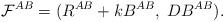
LaTeX: \begin{align*}{\cal F}^{AB}=(R^{AB}+ k B^{AB},~ D B^{AB}) .\end{align*}